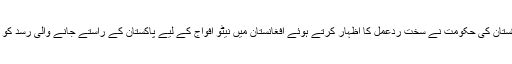
سلالہ حملے پر پاکستان کی حکومت نے سخت ردعمل کا اظہار کرتے ہوئے افغانستان میں نیٹو افواج کے لیے پاکستان کے راستے جانے والی رسد کو بھی بند کر دیا تھا۔